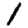
Digit: 1